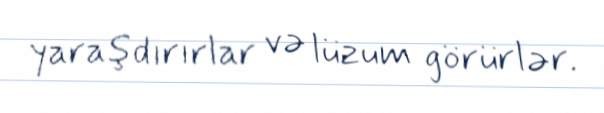
yaraşdırırlar və lüzum görürlər.